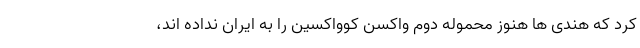
کرد که هندی ها هنوز محموله دوم واکسن کوواکسین را به ایران نداده اند،